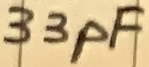
Text: 33pF